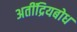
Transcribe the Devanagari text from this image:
अतींद्रियबोध